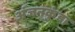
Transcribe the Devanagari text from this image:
अंजनकुंडा